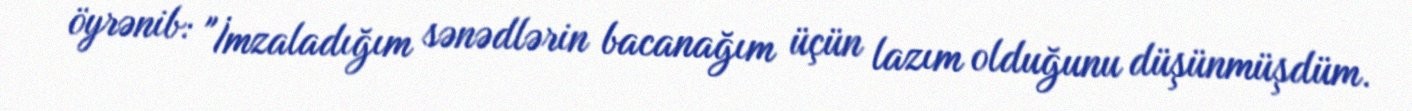
öyrənib: "İmzaladığım sənədlərin bacanağım üçün lazım olduğunu düşünmüşdüm.